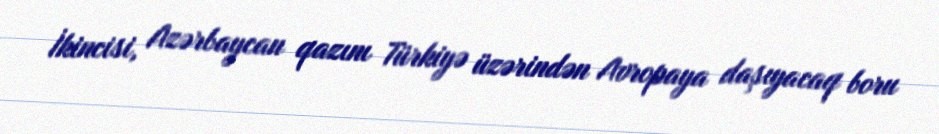
İkincisi, Azərbaycan qazını Türkiyə üzərindən Avropaya daşıyacaq boru